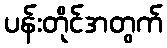
ပန်းတိုင်အတွက်